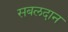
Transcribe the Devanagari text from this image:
सबलदान